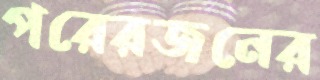
পরেরজনের